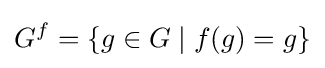
G^{f}=\{g\in G\mid f(g)=g\}